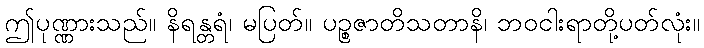
ဤပုဏ္ဏားသည်။ နိရန္တရံ၊ မပြတ်။ ပဉ္စဇာတိသတာနိ၊ ဘဝငါးရာတို့ပတ်လုံး။